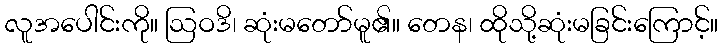
လူအပေါင်းကို။ ဩဝဒိ၊ ဆုံးမတော်မူ၏။ တေန၊ ထိုသို့ဆုံးမခြင်းကြောင့်။